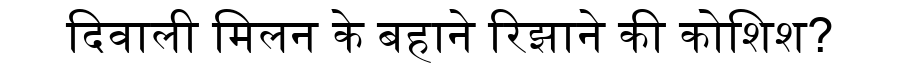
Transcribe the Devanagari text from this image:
दिवाली मिलन के बहाने रिझाने की कोशिश?